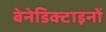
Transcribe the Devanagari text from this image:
बेनेडिक्टाइनों